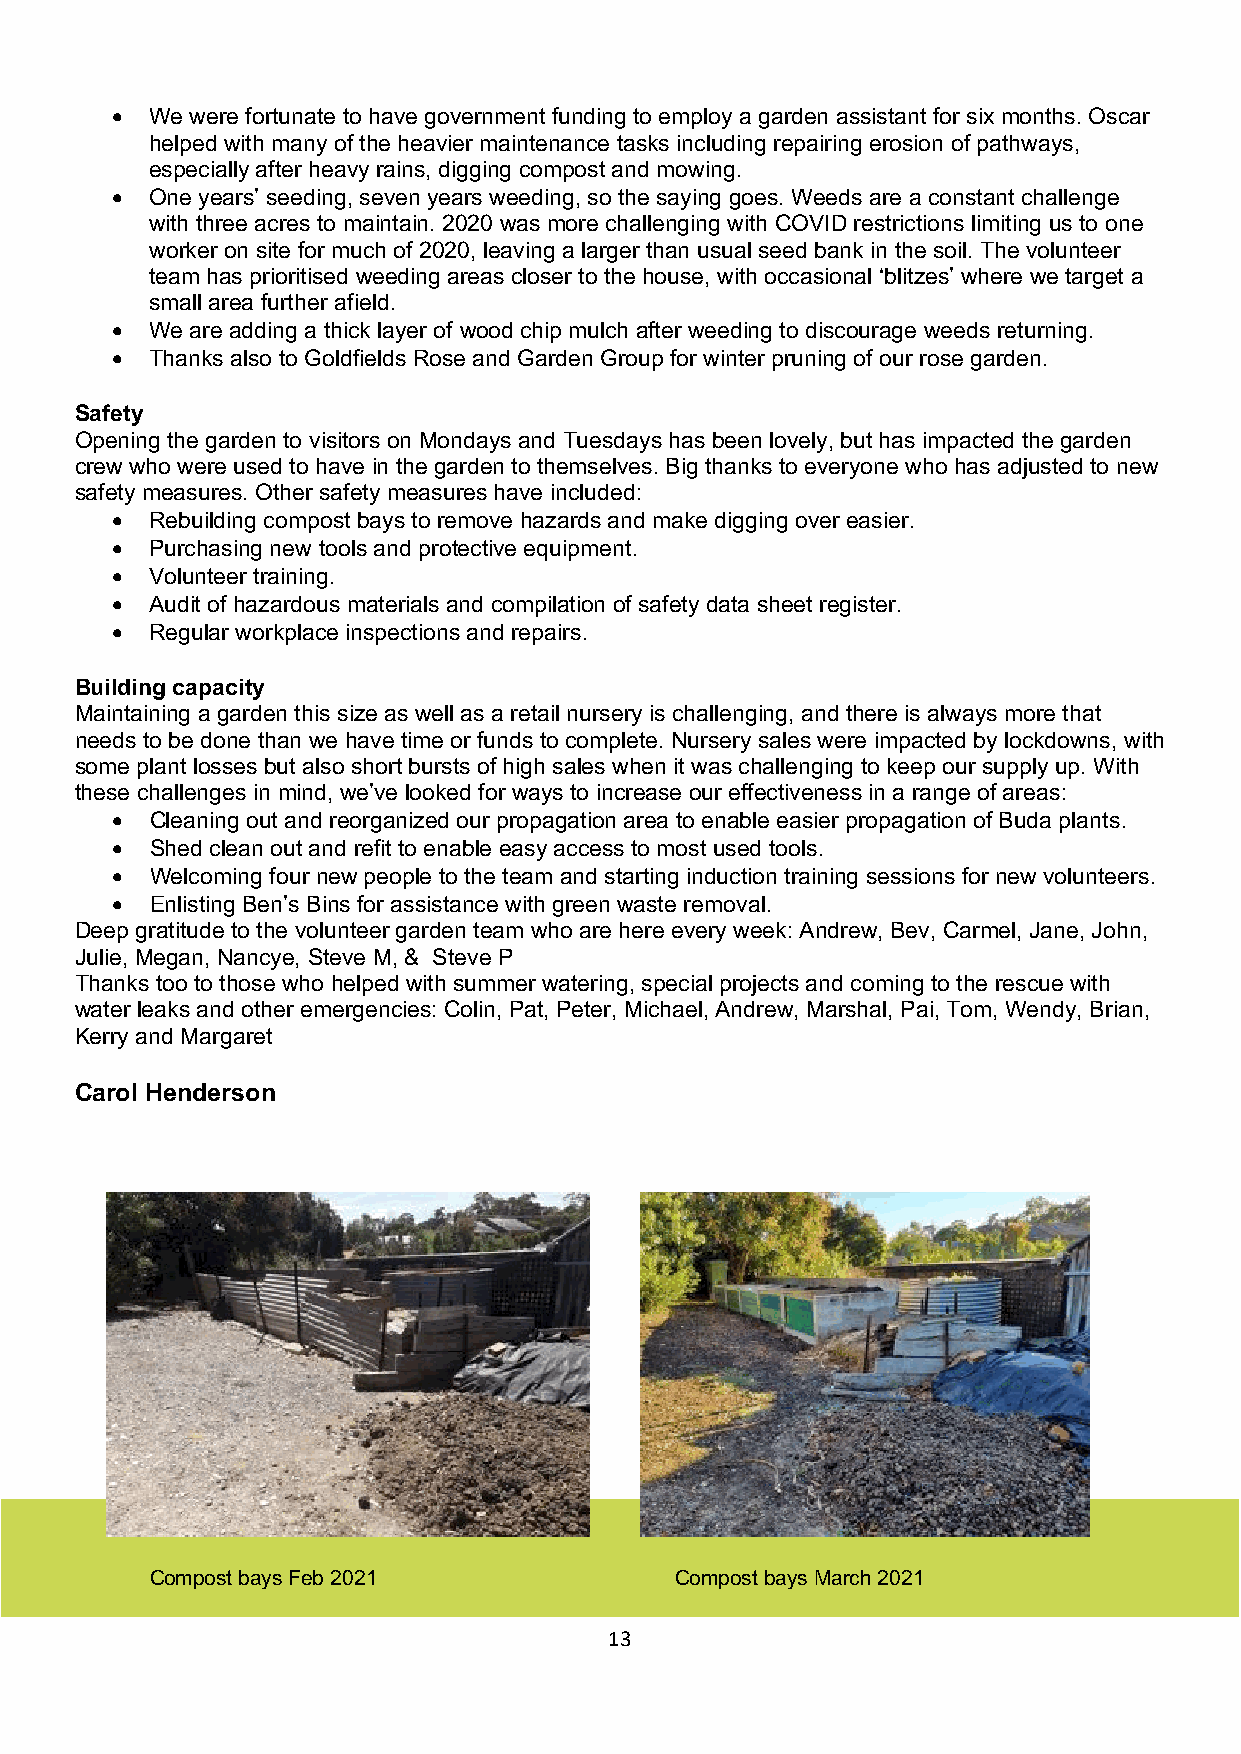
•  We were fortunate to have government funding to employ a garden assistant for six months. Oscar
 helped with many of the heavier maintenance tasks including repairing erosion of pathways,
 especially after heavy rains, digging compost and mowing.
 •  One years’ seeding, seven years weeding, so the saying goes. Weeds are a constant challenge
 with three acres to maintain. 2020 was more challenging with COVID restrictions limiting us to one
 worker on site for much of 2020, leaving a larger than usual seed bank in the soil. The volunteer
 team has prioritised weeding areas closer to the house, with occasional ‘blitzes’ where we target a
 small area further afield.
 •  We are adding a thick layer of wood chip mulch after weeding to discourage weeds returning.
 •  Thanks also to Goldfields Rose and Garden Group for winter pruning of our rose garden.
 Safety
 Opening the garden to visitors on Mondays and Tuesdays has been lovely, but has impacted the garden
 crew who were used to have in the garden to themselves. Big thanks to everyone who has adjusted to new
 safety measures. Other safety measures have included:
 •  Rebuilding compost bays to remove hazards and make digging over easier.
 •  Purchasing new tools and protective equipment.
 •  Volunteer training.
 •  Audit of hazardous materials and compilation of safety data sheet register.
 •  Regular workplace inspections and repairs.
 Building capacity
 Maintaining a garden this size as well as a retail nursery is challenging, and there is always more that
 needs to be done than we have time or funds to complete. Nursery sales were impacted by lockdowns, with
 some plant losses but also short bursts of high sales when it was challenging to keep our supply up. With
 these challenges in mind, we’ve looked for ways to increase our effectiveness in a range of areas:
 •  Cleaning out and reorganized our propagation area to enable easier propagation of Buda plants.
 •  Shed clean out and refit to enable easy access to most used tools.
 •  Welcoming four new people to the team and starting induction training sessions for new volunteers.
 •  Enlisting Ben’s Bins for assistance with green waste removal.
 Deep gratitude to the volunteer garden team who are here every week: Andrew, Bev, Carmel, Jane, John,
 Julie, Megan, Nancye, Steve M, & Steve P
 Thanks too to those who helped with summer watering, special projects and coming to the rescue with
 water leaks and other emergencies: Colin, Pat, Peter, Michael, Andrew, Marshal, Pai, Tom, Wendy, Brian,
 Kerry and Margaret
 Carol Henderson
 Compost bays Feb 2021              Compost bays March 2021
 13